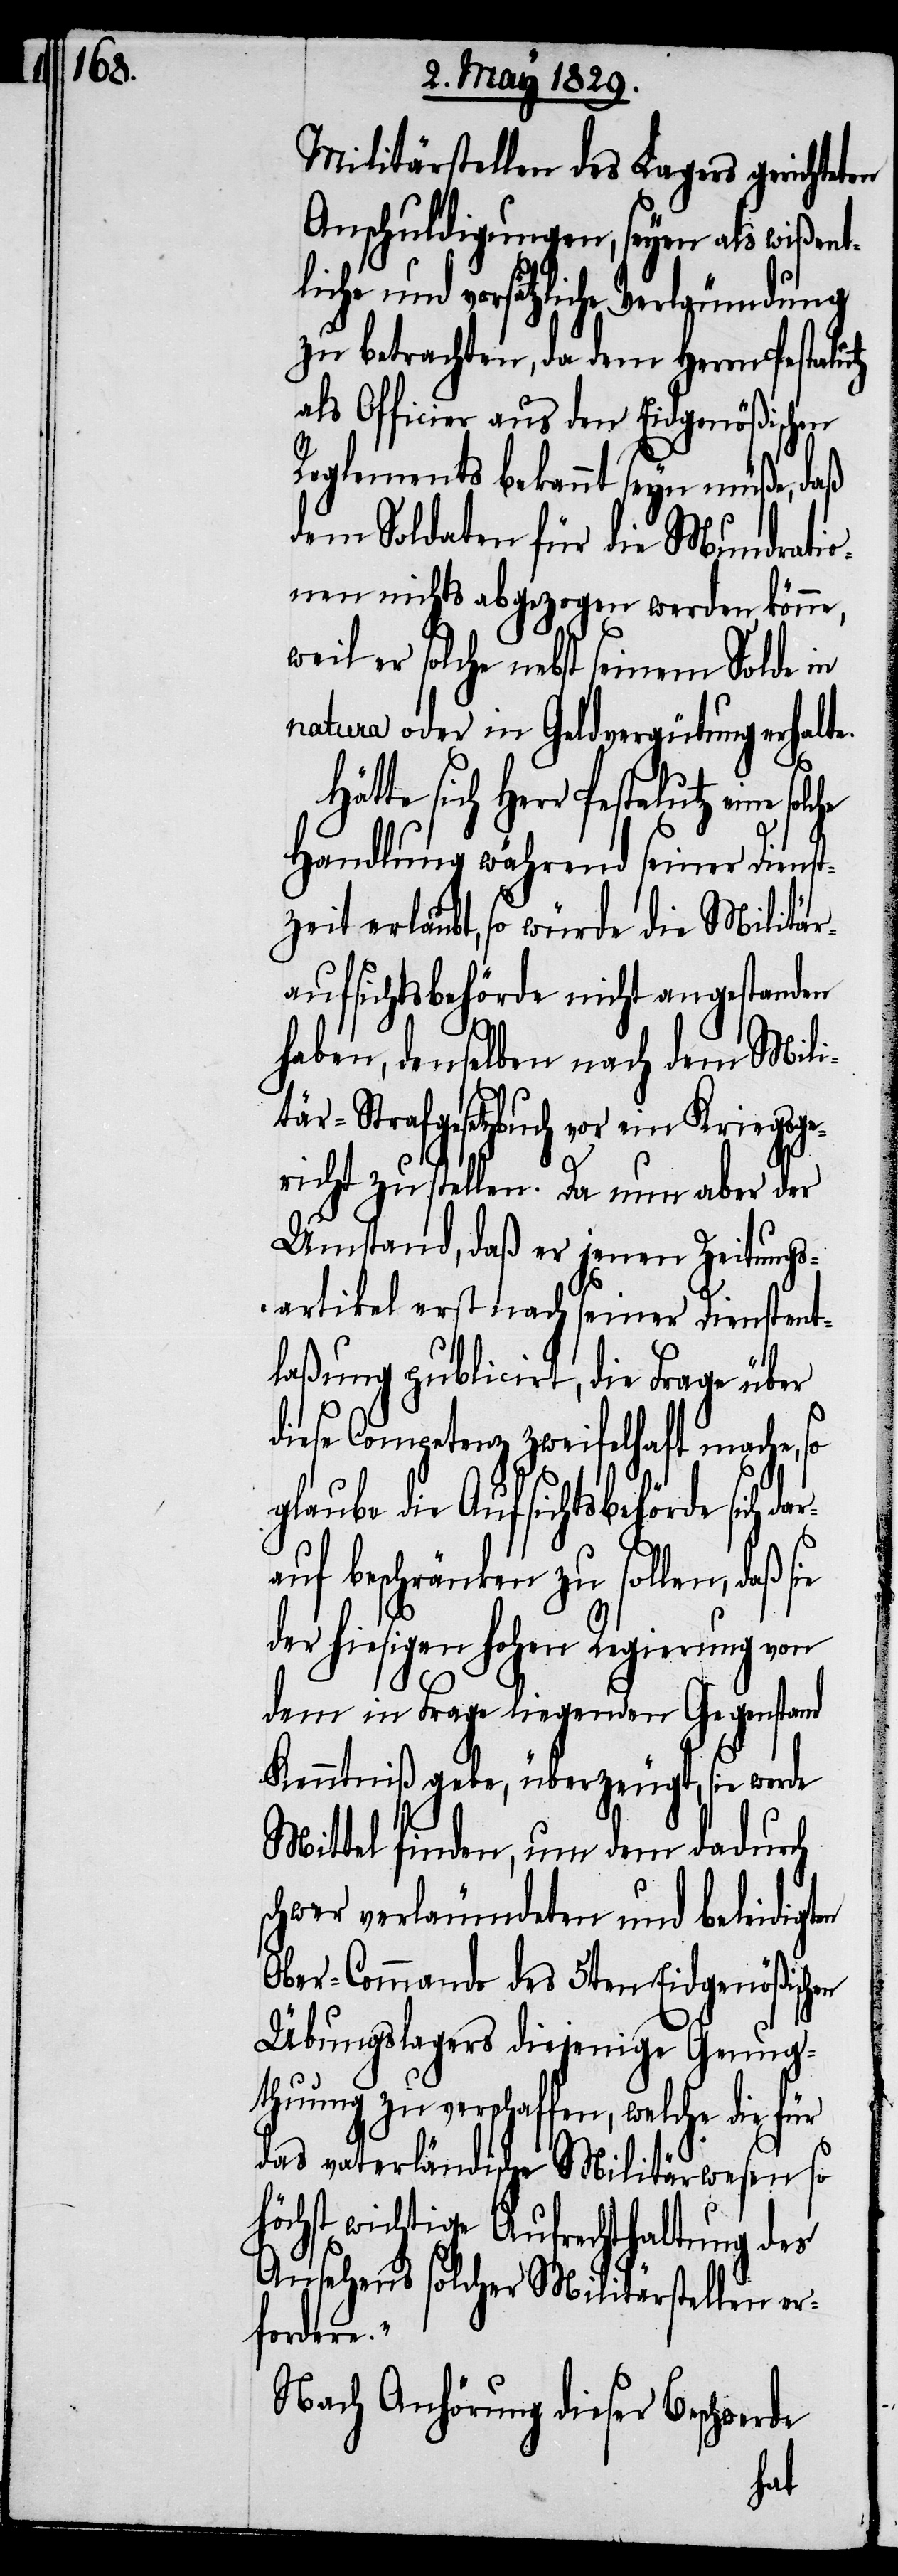
Militärstellen des Lagers gerichteten
Anschuldigungen, seyen als wißent¬
liche und vorsätzliche Verläumdung
zu betrachten, da dem Herrn Pestalutz
als Officier aus dem Eidgenößischen
Reglements bekannt seyn müße, daß
dem Soldaten für die Mundratio¬
nen nichts abgezogen werden könne,
weil er solche nebst seinem Solde in
natura oder in Geldvergütung erhalte.
Hätte sich Herr Pestalutz eine
Handlung während seiner Dienst¬
zeit erlaubt, so würde die Militär¬
aufsichtsbehörde nicht angestanden
haben, denselben nach dem Mili¬
tär-Strafgesetzbuch vor ein Kriegsge¬
richt zu stellen. Da nun aber der
Umstand, daß er jenen Zeitungs¬
artikel erst nach seiner Dienstent¬
laßung publicirt, die Frage über
diese Competenz zweifelhaft mache, so
glaube die Aufsichtsbehörde sich dar¬
auf beschränken zu sollen, daß sie
der hiesigen hohen Regierung von
dem in Frage liegenden Gegenstand
Kenntniß gebe, überzeugt, sie werde
Mittel finden, um dem dadurch
schwer verläumdeten und beleidigten
Ober-Commando des 5ten Eidgenößischen
Übungslagers diejenige Genug¬
thuung zu verschaffen, welche die für
das vaterländische Militärwesen so
höchst wichtige Aufrechterhaltung des
Ansehens solcher Militärstellen er¬
fordere.“
Nach Anhörung dieser Beschwerde